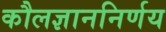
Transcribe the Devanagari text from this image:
कौलज्ञाननिर्णय